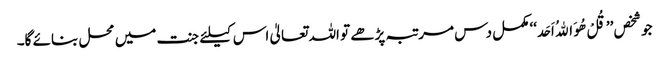
جو شخص ’’قُلْ ھُوَ اﷲُ اَحَد‘‘ مکمل دس مرتبہ پڑھے تو اللہ تعالیٰ اس کیلئے جنت میں محل بنائے گا۔